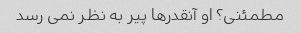
مطمئنی؟ او آنقدرها پیر به نظر نمی رسد